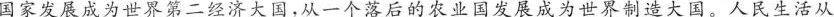
国家发展成为世界第二经济大国，从一个落后的农业国发展成为世界制造大国。人民生活从